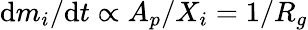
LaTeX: \mathrm{d}m_{i}/\mathrm{d}t\propto A_{p}/X_{i}=1/R_{g}